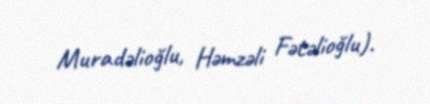
Muradəlioğlu, Həmzəli Fətəlioğlu).